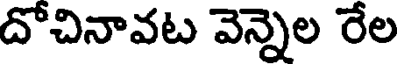
దోచినావట వెన్నెల రేల